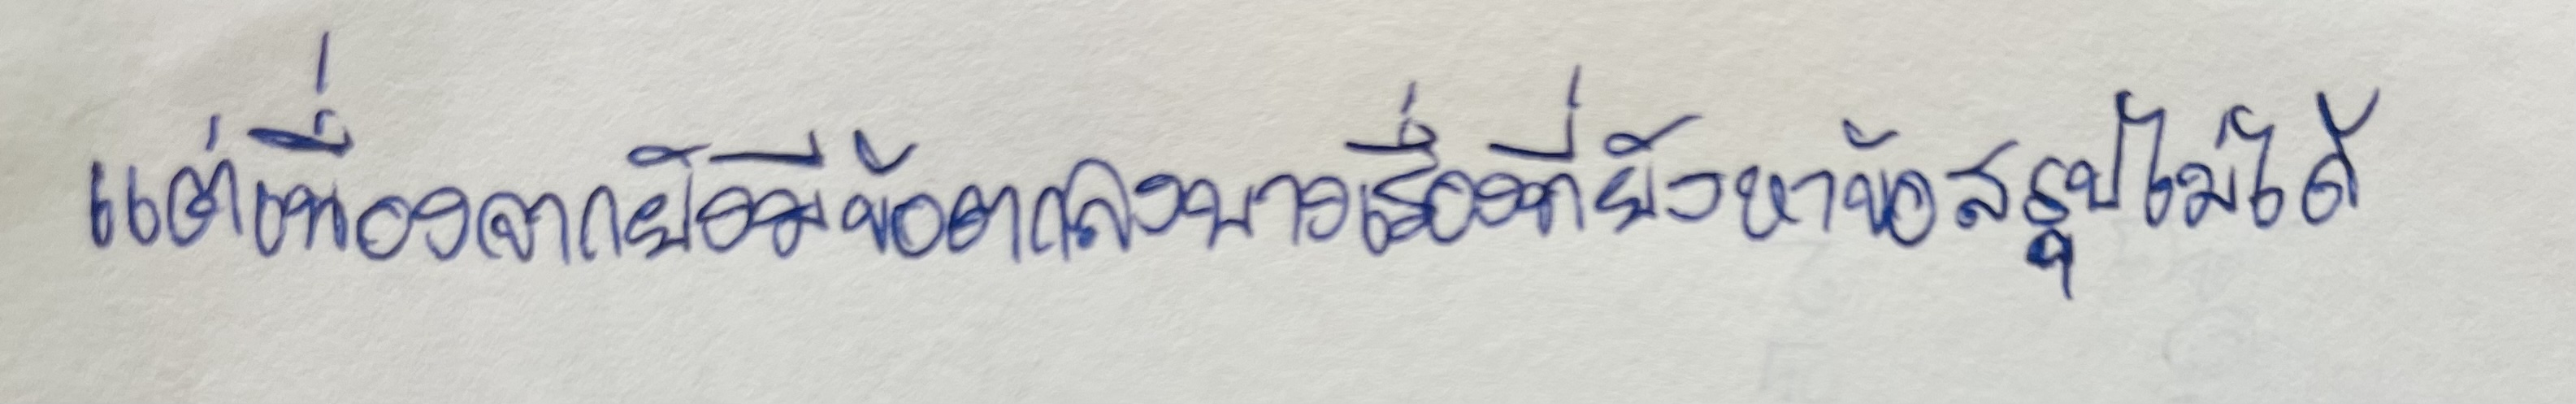
แต่เนื่องจากยังมีข้อตกลงบางเรื่องที่ยังหาข้อสรุปไม่ได้